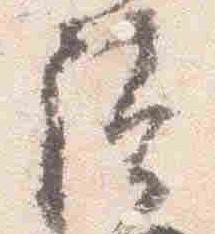
読